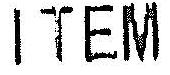
ITEM